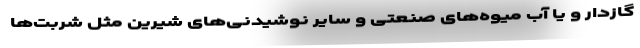
گازدار و یا آب میوه‌های صنعتی و سایر نوشیدنی‌های شیرین مثل شربت‌ها